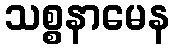
သစ္စနာမေန